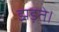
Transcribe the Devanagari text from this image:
झड़ते।